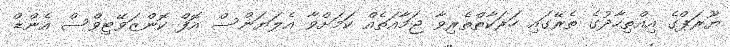
ޔޫރަޕްގެ އިއްތިހާދުގެ ތެރޭގައިި ހަރަކާތްތެރިވާ ޖަމާއަތެއް ކަމަށްވާ އެލަޔަންސް އޮފް ކޮންޒަވޭޓިވްސް އެންޑް